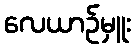
လေယာဉ်မှူး